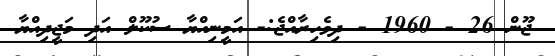
ޖޫން 26 - 1960 - ދިވެހިރާއްޖެ:- އަމީނިއްޔާ ސުކޫލް އަދި މަޖީދިއްޔާ